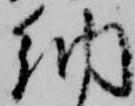
納